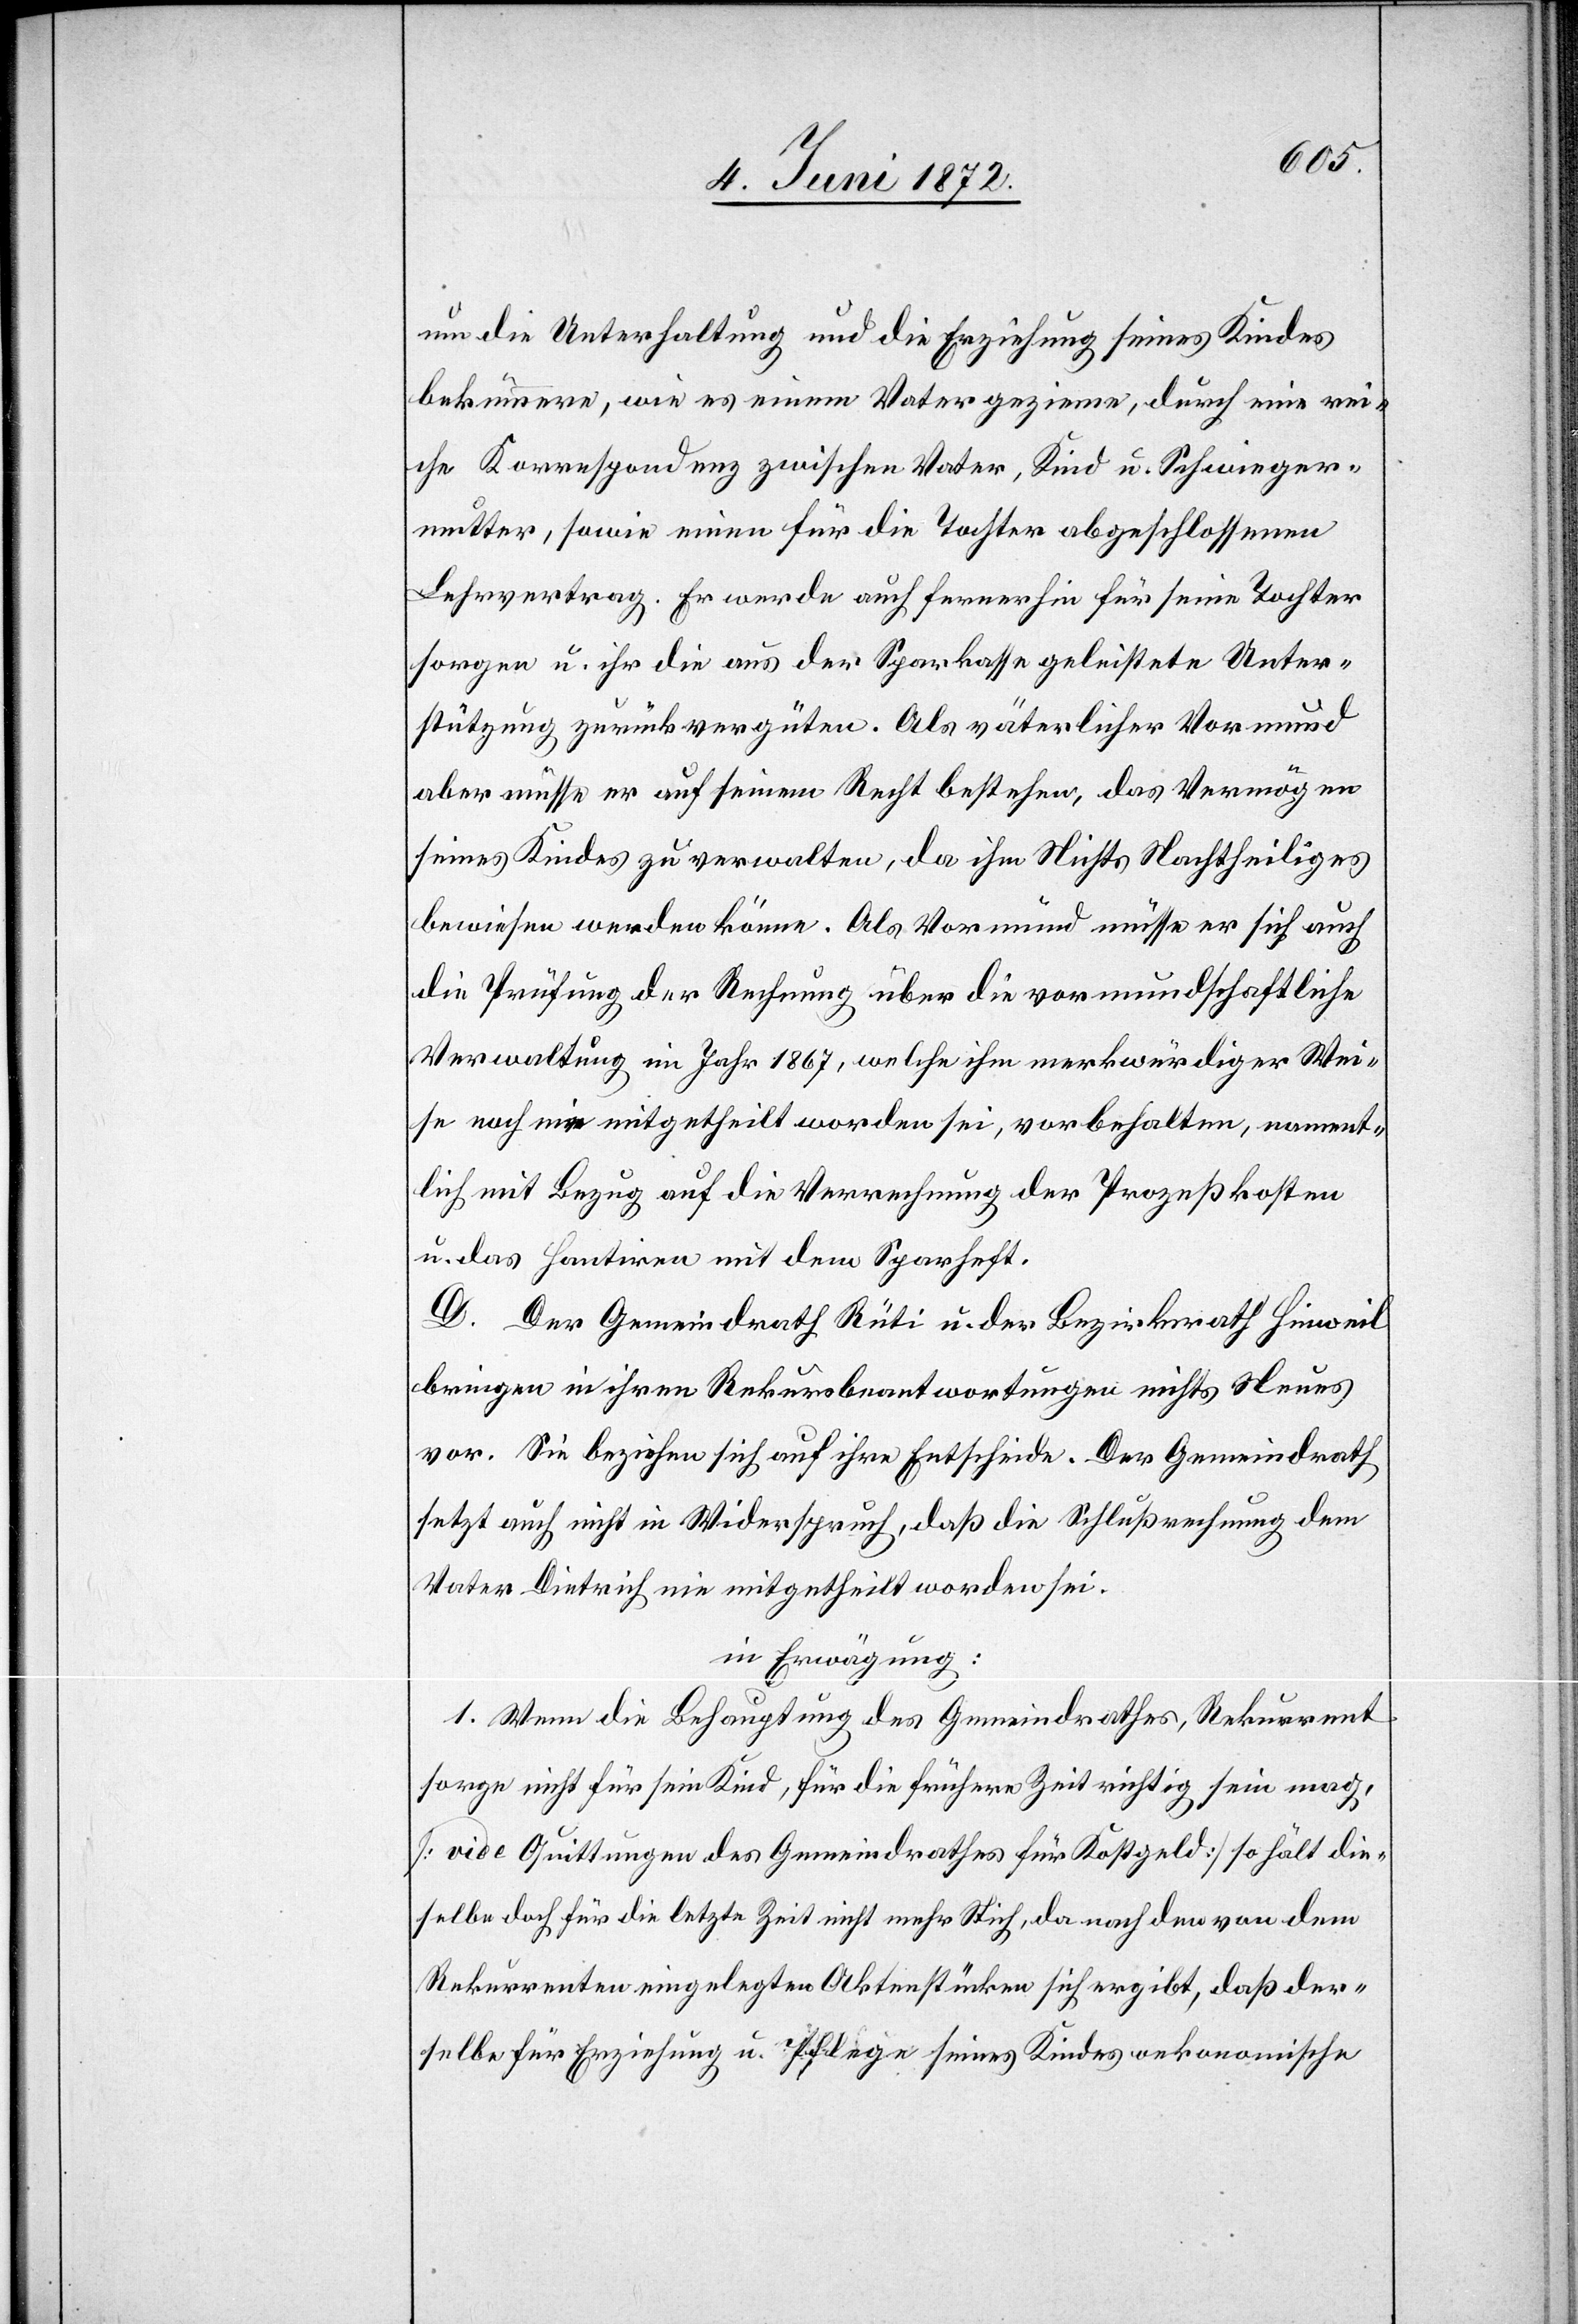
um die Unterhaltung und die Erziehung seines Kindes
bekümmere, wie es einem Vater gezieme, durch eine rei¬
che Korrespondenz zwischen Vater, Kind u. Schwieger¬
mutter, sowie einen für die Tochter abgeschlossenen
Lehrvertrag. Er werde auch fernerhin für seine Tochter
sorgen u. ihr die aus der Sparkasse geleistete Unter¬
stützung zurückvergüten. Als väterlicher Vormund
aber müsse er auf seinem Recht bestehen, das Vermögen
seines Kindes zu verwalten, da ihm Nichts Nachtheiliges
bewiesen werden könne. Als Vormund müsse er sich auch
die Prüfung der Rechnung über die vormundschaftliche
Verwaltung im Jahr 1867, welche ihm merkwürdiger Wei¬
se noch nie mitgetheilt worden sei, vorbehalten, nament¬
lich mit Bezug auf die Verrechnung der Prozeßkosten
u. das Hantiren mit dem Sparheft.
D. Der Gemeindrath Rüti u. der Bezirksrath Hinweil
bringen in ihren Rekursbeantwortungen nichts Neues
vor. Sie beziehen sich auf ihre Entscheide. Der Gemeindrath
setzt auch nicht in Widerspruch, daß die Schlußrechnung dem
Vater Dietrich nie mitgetheilt worden sei.
in Erwägung:
1. Wenn die Behauptung des Gemeindrathes, Rekurrent
sorge nicht für sein Kind, für die frühere Zeit richtig sein mag,
[vide Quittungen des Gemeindrathes für Kostgeld] so hält die¬
selbe doch für die letzte Zeit nicht mehr Stich, da nach den von dem
Rekurrenten eingelegten Aktenstücken sich ergibt, daß der¬
selbe für Erziehung u. Pflege seines Kindes oekonomische